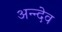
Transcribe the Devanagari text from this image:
अन्न्देव